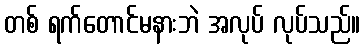
တစ် ရက်တောင်မနားဘဲ အလုပ် လုပ်သည်။